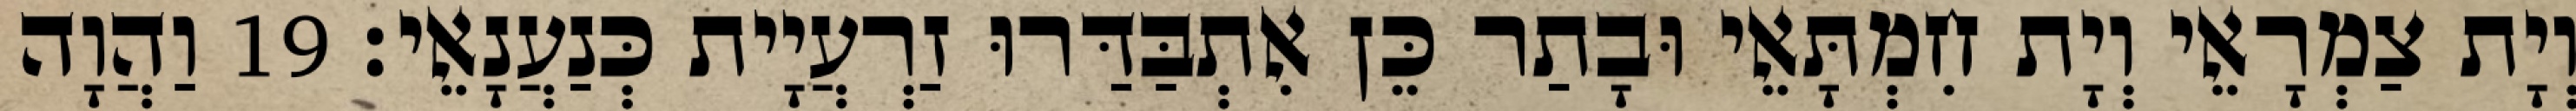
וְיָת צַמְרָאֵי וְיָת חִמְתָּאֵי וּבָתַר כֵּן אִתְבַּדַּרוּ זַרְעֲיָית כְּנַעֲנָאֵי׃ 19 וַהֲוָה